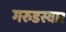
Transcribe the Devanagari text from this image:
गरुडस्वार